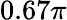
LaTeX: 0.67\pi